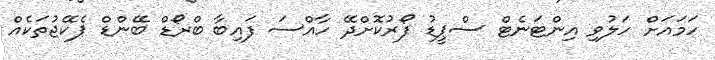
ހަމައަށް ހަލުވި އިންޓަނެޓް ސްޕީޑު ފޯރުކޮށްދޭ ހާއްސަ ފައިބާ ބްރޯޑް ބޭންޑް ޕެކޭޖުތަކެއް